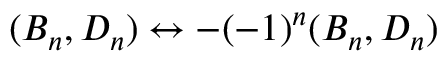
( B _ { n } , D _ { n } ) \leftrightarrow - ( - 1 ) ^ { n } ( B _ { n } , D _ { n } )